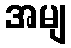
အမျ